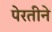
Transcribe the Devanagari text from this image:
पेरतीने